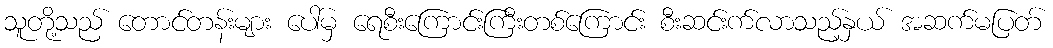
သူတို့သည် တောင်တန်းများ ပေါ်မှ ရေစီးကြောင်းကြီးတစ်ကြောင်း စီးဆင်းက်လာသည့်နှယ် အဆက်မပြတ်